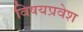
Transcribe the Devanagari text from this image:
विषयप्रवेश